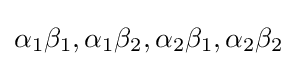
\alpha _{1}\beta _{1},\alpha _{1}\beta _{2},\alpha _{2}\beta _{1},\alpha _{2}\beta _{2}